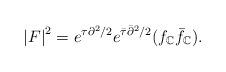
LaTeX: \begin{align*}\left\vert F\right\vert ^{2}=e^{\tau\partial^{2}/2}e^{\bar{\tau}\bar{\partial}^{2}/2}(f_{\mathbb{C}}\bar{f}_{\mathbb{C}}).\end{align*}